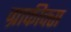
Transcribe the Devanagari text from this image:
ग्राफीक्स